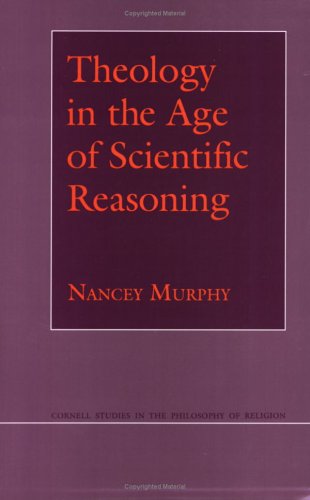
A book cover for Theology in the Age of Scientific Reasoning (Cornell Studies in the Philosophy of Religion); Nancey Murphy; Religion & Spirituality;